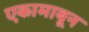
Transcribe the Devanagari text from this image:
एकामाबून